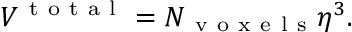
V ^ { \mathrm { ~ t ~ o ~ t ~ a ~ l ~ } } = N _ { \mathrm { ~ v ~ o ~ x ~ e ~ l ~ s ~ } } \eta ^ { 3 } .